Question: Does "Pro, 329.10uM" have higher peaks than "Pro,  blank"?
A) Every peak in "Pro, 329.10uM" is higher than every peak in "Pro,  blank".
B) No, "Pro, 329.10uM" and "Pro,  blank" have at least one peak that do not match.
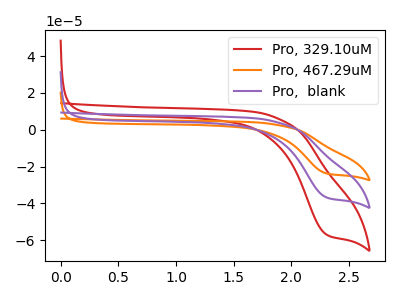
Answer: <think>The red curve "Pro, 329.10uM" has a cathodic peak at: (2.30V, -56.85uA). The orange curve "Pro, 467.29uM" has a cathodic peak at: (2.30V, -73.45uA). The purple curve "Pro,  blank" has a cathodic peak at: (2.30V, -36.70uA).</think>
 <answer>A) Every peak in "Pro, 329.10uM" is higher than every peak in "Pro,  blank".</answer>
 <eval>A</eval>